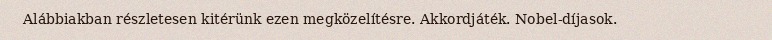
Alábbiakban részletesen kitérünk ezen megközelítésre. Akkordjáték. Nobel-díjasok.